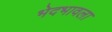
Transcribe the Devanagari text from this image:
भेदभावला